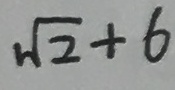
\sqrt { 2 } + 6